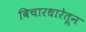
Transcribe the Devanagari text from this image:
विचारधारेतून